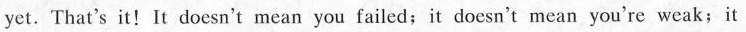
yet. That's it!It doesn't mean you failed;it doesn't mean you're weak; it